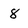
Character: 8